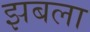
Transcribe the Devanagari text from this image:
झबला